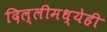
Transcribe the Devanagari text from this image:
दिल्लीमध्येही